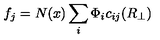
f _ { j } = N ( x ) \sum _ { i } \Phi _ { i } c _ { i j } ( R _ { \perp } )